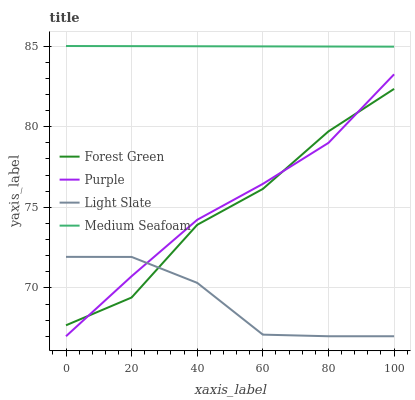
| xaxis_label | Forest Green | Purple | Light Slate | Medium Seafoam |
 | --- | --- | --- | --- | --- |
 | 0 | 67.7 | 67 | 71.9 | 85 |
 | 20 | 69.4 | 70.7 | 71.9 | 85 |
 | 40 | 73.9 | 74.2 | 70.3 | 85 |
 | 60 | 76.1 | 76.4 | 67.1 | 85 |
 | 80 | 79.7 | 79 | 67 | 85 |
 | 100 | 82.3 | 83.2 | 67 | 85 |